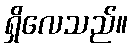
ရှိလေသည်။